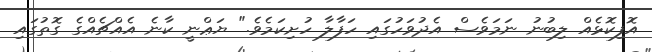
އޮފިކޮޅެއް ލިބުނު ނަމަވެސް އެދުވަހުގައި ހަފާލާ ހުށިކަމެވެ." ޔަޢްނީ ކާނެ އެއްޗެއްގެ ގޮތުގައި